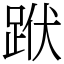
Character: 䟮